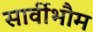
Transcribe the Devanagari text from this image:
सार्वीभौम